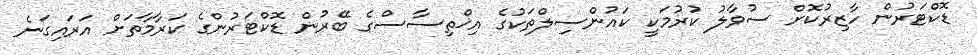
ޑޮކްޓަރުން ހާޒިރުކޮށް ސުވާލު ކުރުމަކީ ކައުންސިލްތަކުގެ އިޚްތިސާސްގެ ބޭރުން ޑޮކްޓަރުންގެ ކަރާމާތަށް އަރައިގަނެ